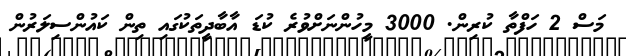
މަސް 2 ހަފްތާ ކުރިން. 3000 މީހުންނަށްވުރެ ކުޑަ އާބާދީތަކުގައި ތިން ކައުންސިލަރުން